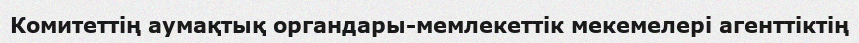
Комитеттің аумақтық органдары-мемлекеттік мекемелері агенттіктің